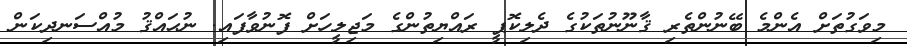
މިވަގުތަށް އެންމެ ބޭނުންތެރި ޤާނޫނުތަކުގެ ދެލިކޮޕީ ރައްޔިތުންގެ މަޖިލީހަށް ފޮނުވާފައި. ނުޙައްޤު މުއްސަނދިކަން